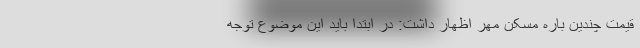
قیمت چندین باره مسکن مهر اظهار داشت: در ابتدا باید این موضوع توجه